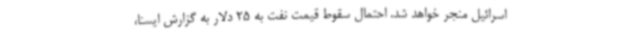
اسرائیل منجر خواهد شد. احتمال سقوط قیمت نفت به 25 دلار به گزارش ایسنا،